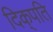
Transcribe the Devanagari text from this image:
दिक्‌पति